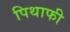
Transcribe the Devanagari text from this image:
पिथाफी